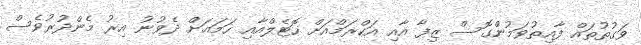
ވަގުތުތައް ފާއިތުވަމުންގޮސް ޒިފާ އާއި އަކްރަމްއަށް ހޮޓެލްއާއި ހަމައަށް ދެވުނު އިރު މެންދުރުވެސް